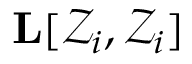
\mathbf { L } [ \mathcal { Z } _ { i } , \mathcal { Z } _ { i } ]